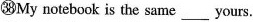
㊳My notebook is the same ___ yours.